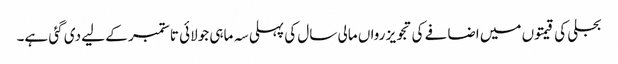
بجلی کی قیمتوں میں اضافے کی تجویز رواں مالی سال کی پہلی سہ ماہی جولائی تا ستمبر کے لیے دی گئی ہے۔